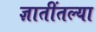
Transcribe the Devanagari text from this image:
ज्ञातींतल्या